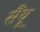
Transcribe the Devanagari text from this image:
सैंथू